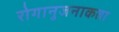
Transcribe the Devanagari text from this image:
रोगानुजनाकता